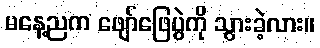
မနေ့ညက ဖျော်ဖြေပွဲကို သွားခဲ့လား။